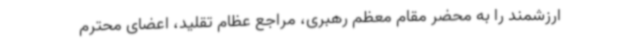
ارزشمند را به محضر مقام معظم رهبری، مراجع عظام تقلید، اعضای محترم